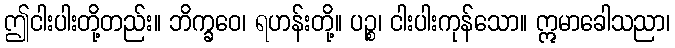
ဤငါးပါးတို့တည်း။ ဘိက္ခဝေ၊ ရဟန်းတို့။ ပဉ္စ၊ ငါးပါးကုန်သော။ ဣမာခေါသညာ၊